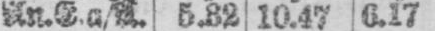
An.E.a/A„ 5.32 10.47 6.17